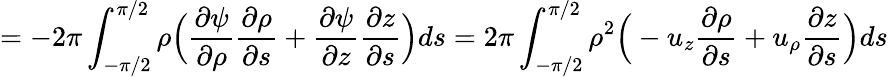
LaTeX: =-2\pi\int_{-\pi/2}^{\pi/2}\rho\Big(\frac{\partial\psi}{\partial\rho}\frac{\partial\rho}{\partial s}+\frac{\partial\psi}{\partial z}\frac{\partial z}{\partial s}\Big)ds=2\pi\int_{-\pi/2}^{\pi/2}\rho^{2}\Big(-u_{z}\frac{\partial\rho}{\partial s}+u_{\rho}\frac{\partial z}{\partial s}\Big)ds